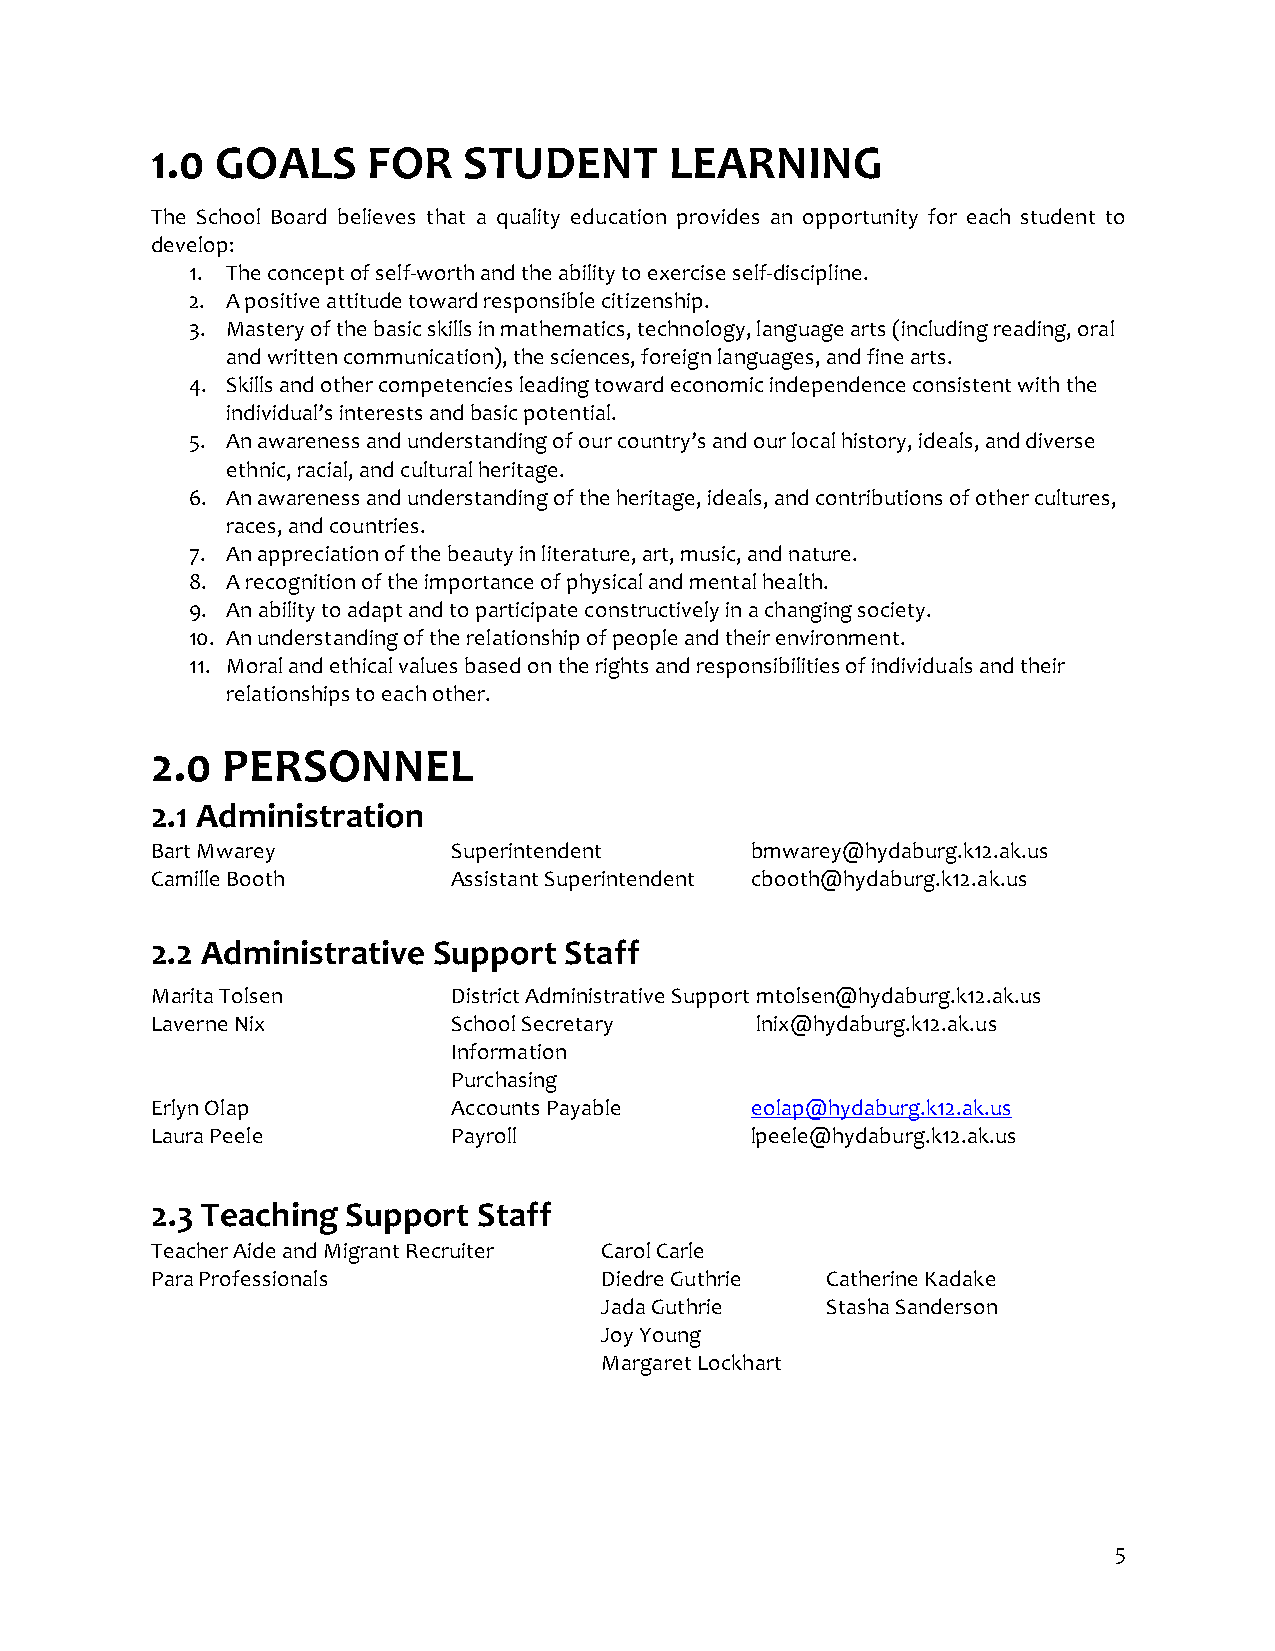
1.0 GOALS     FOR    STUDENT      LEARNING
 The School Board believes that a quality education provides an opportunity for each student to
 develop:
 1. The concept of self-worth and the ability to exercise self-discipline.
 2. A positive attitude toward responsible citizenship.
 3. Mastery of the basic skills in mathematics, technology, language arts (including reading, oral
 and written communication), the sciences, foreign languages, and fine arts.
 4. Skills and other competencies leading toward economic independence consistent with the
 individual’s interests and basic potential.
 5. An awareness and understanding of our country’s and our local history, ideals, and diverse
 ethnic, racial, and cultural heritage.
 6. An awareness and understanding of the heritage, ideals, and contributions of other cultures,
 races, and countries.
 7. An appreciation of the beauty in literature, art, music, and nature.
 8. A recognition of the importance of physical and mental health.
 9. An ability to adapt and to participate constructively in a changing society.
 10. An understanding of the relationship of people and their environment.
 11. Moral and ethical values based on the rights and responsibilities of individuals and their
 relationships to each other.
 2.0  PERSONNEL
 2.1 Administration
 Bart Mwarey         Superintendent      bmwarey@hydaburg.k12.ak.us
 Camille Booth       Assistant Superintendent cbooth@hydaburg.k12.ak.us
 2.2 Administrative Support Staff
 Marita Tolsen       District Administrative Support mtolsen@hydaburg.k12.ak.us
 Laverne Nix         School Secretary    lnix@hydaburg.k12.ak.us
 Information
 Purchasing
 Erlyn Olap          Accounts Payable    eolap@hydaburg.k12.ak.us
 Laura Peele         Payroll             lpeele@hydaburg.k12.ak.us
 2.3 Teaching Support  Staff
 Teacher Aide and Migrant Recruiter Carol Carle
 Para Professionals            Diedre Guthrie Catherine Kadake
 Jada Guthrie   Stasha Sanderson
 Joy Young
 Margaret Lockhart
 5